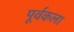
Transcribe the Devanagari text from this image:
पूर्वकला